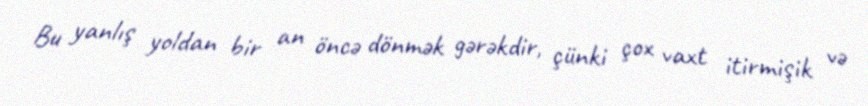
Bu yanlış yoldan bir an öncə dönmək gərəkdir, çünki çox vaxt itirmişik və